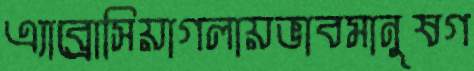
এ্যাব্রোসিয়াগলায়ভাবমানুষগ